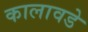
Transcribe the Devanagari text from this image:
कालावडे